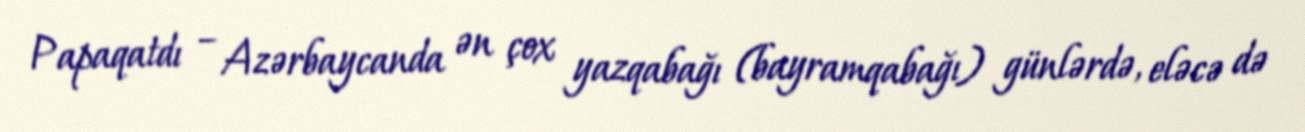
Papaqatdı – Azərbaycanda ən çox yazqabağı (bayramqabağı) günlərdə, eləcə də